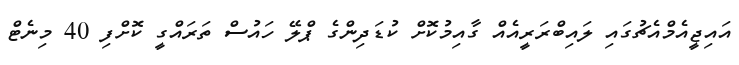
އައިޖީއެމްއެޗުގައި ލައިބްރަރީއެއް ގާއިމުކޮށް ކުޑަދިންގެ ޕްލޭ ހައުސް ތަރައްގީ ކޮށްފި 40 މިނެޓް